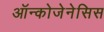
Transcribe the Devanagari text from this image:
ऑन्कोजेनेसिस